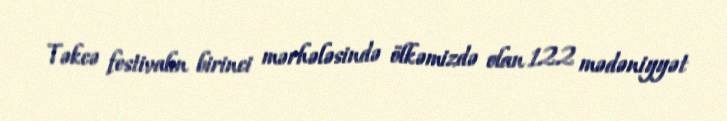
Təkcə festivalın birinci mərhələsində ölkəmizdə olan 122 mədəniyyət